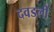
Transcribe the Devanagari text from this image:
दवडली